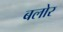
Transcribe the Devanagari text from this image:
बलोर